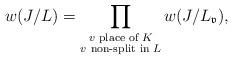
LaTeX: \begin{align*} w(J/L)=\prod_{\substack{v\textup{ place of }K\\ v\textup{ non-split in }L}} w(J/L_\mathfrak{v}),\end{align*}